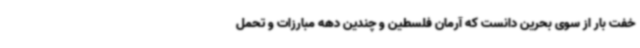
خفت بار از سوی بحرین دانست که آرمان فلسطین و چندین دهه مبارزات و تحمل